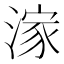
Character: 𣺊